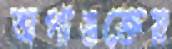
অপাঙক্তেয়